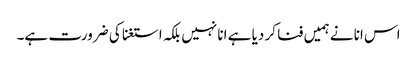
اس انا نے ہمیں فنا کر دیا ہے انا نہیں بلکہ استغنا کی ضرورت ہے۔